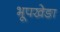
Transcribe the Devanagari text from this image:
भूपखेङा